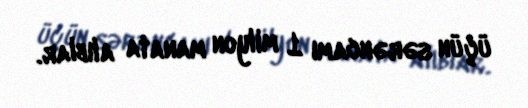
üçün sərəncamı 1 milyon manata alıblar.